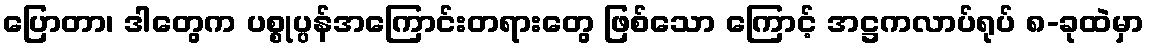
ပြောတာ၊ ဒါတွေက ပစ္စုပ္ပန်အကြောင်းတရားတွေ ဖြစ်သော ကြောင့် အဋ္ဌကလာပ်ရုပ် ၈-ခုထဲမှာ